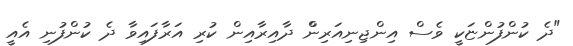
"ދެ ކުންފުންޏަކީ ވެސް އިންޖިނިއަރިންް ދާއިރާއިން ކުރި އަރާފައިވާ ދެ ކުންފުނި އެއީ